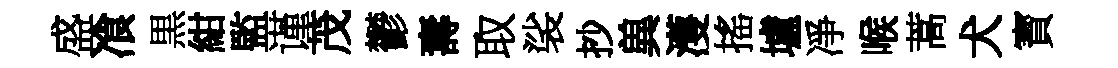
盛飡黒紺監谨茂鬱夀取裟抄兾濩搖壚凈喉蒿犬寳